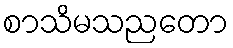
စာသိမသညတော